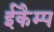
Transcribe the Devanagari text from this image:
ईकैम्प